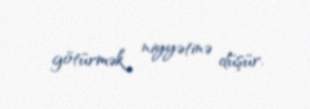
götürmək niyyətinə düşür.